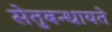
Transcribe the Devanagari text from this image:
सेतुबन्धायते